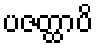
ပဇတ္ထာပိ